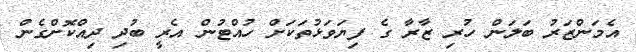
އެމަންޒަރު ބަލަން ހުރި ޒާރާ ގެ ފިޔަވަޅުތަކަށް ހުއްޓުން އެރީ ބުދި ދިއްކޮށްގެން